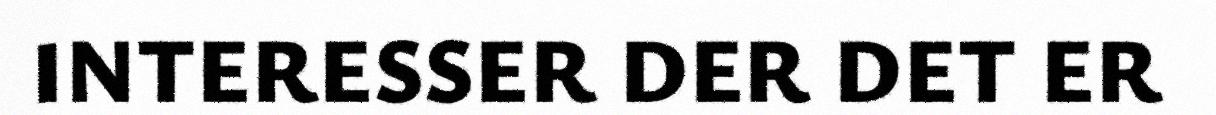
INTERESSER DER DET ER